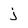
Character: j